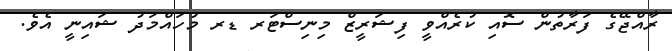
ރާއްޖޭގެ ފަރާތުން ސޮއި ކުރެއްވީ ފިޝަރީޒް މިނިސްޓަރ ޑރ މުހައްމަދު ޝައިނީ އެވެ.